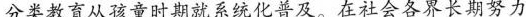
分类教育从孩童时期就系统化普及。在社会各界长期努力